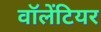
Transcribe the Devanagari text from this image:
वॉलेंटियर